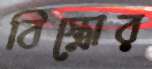
বিস্ত্রোর